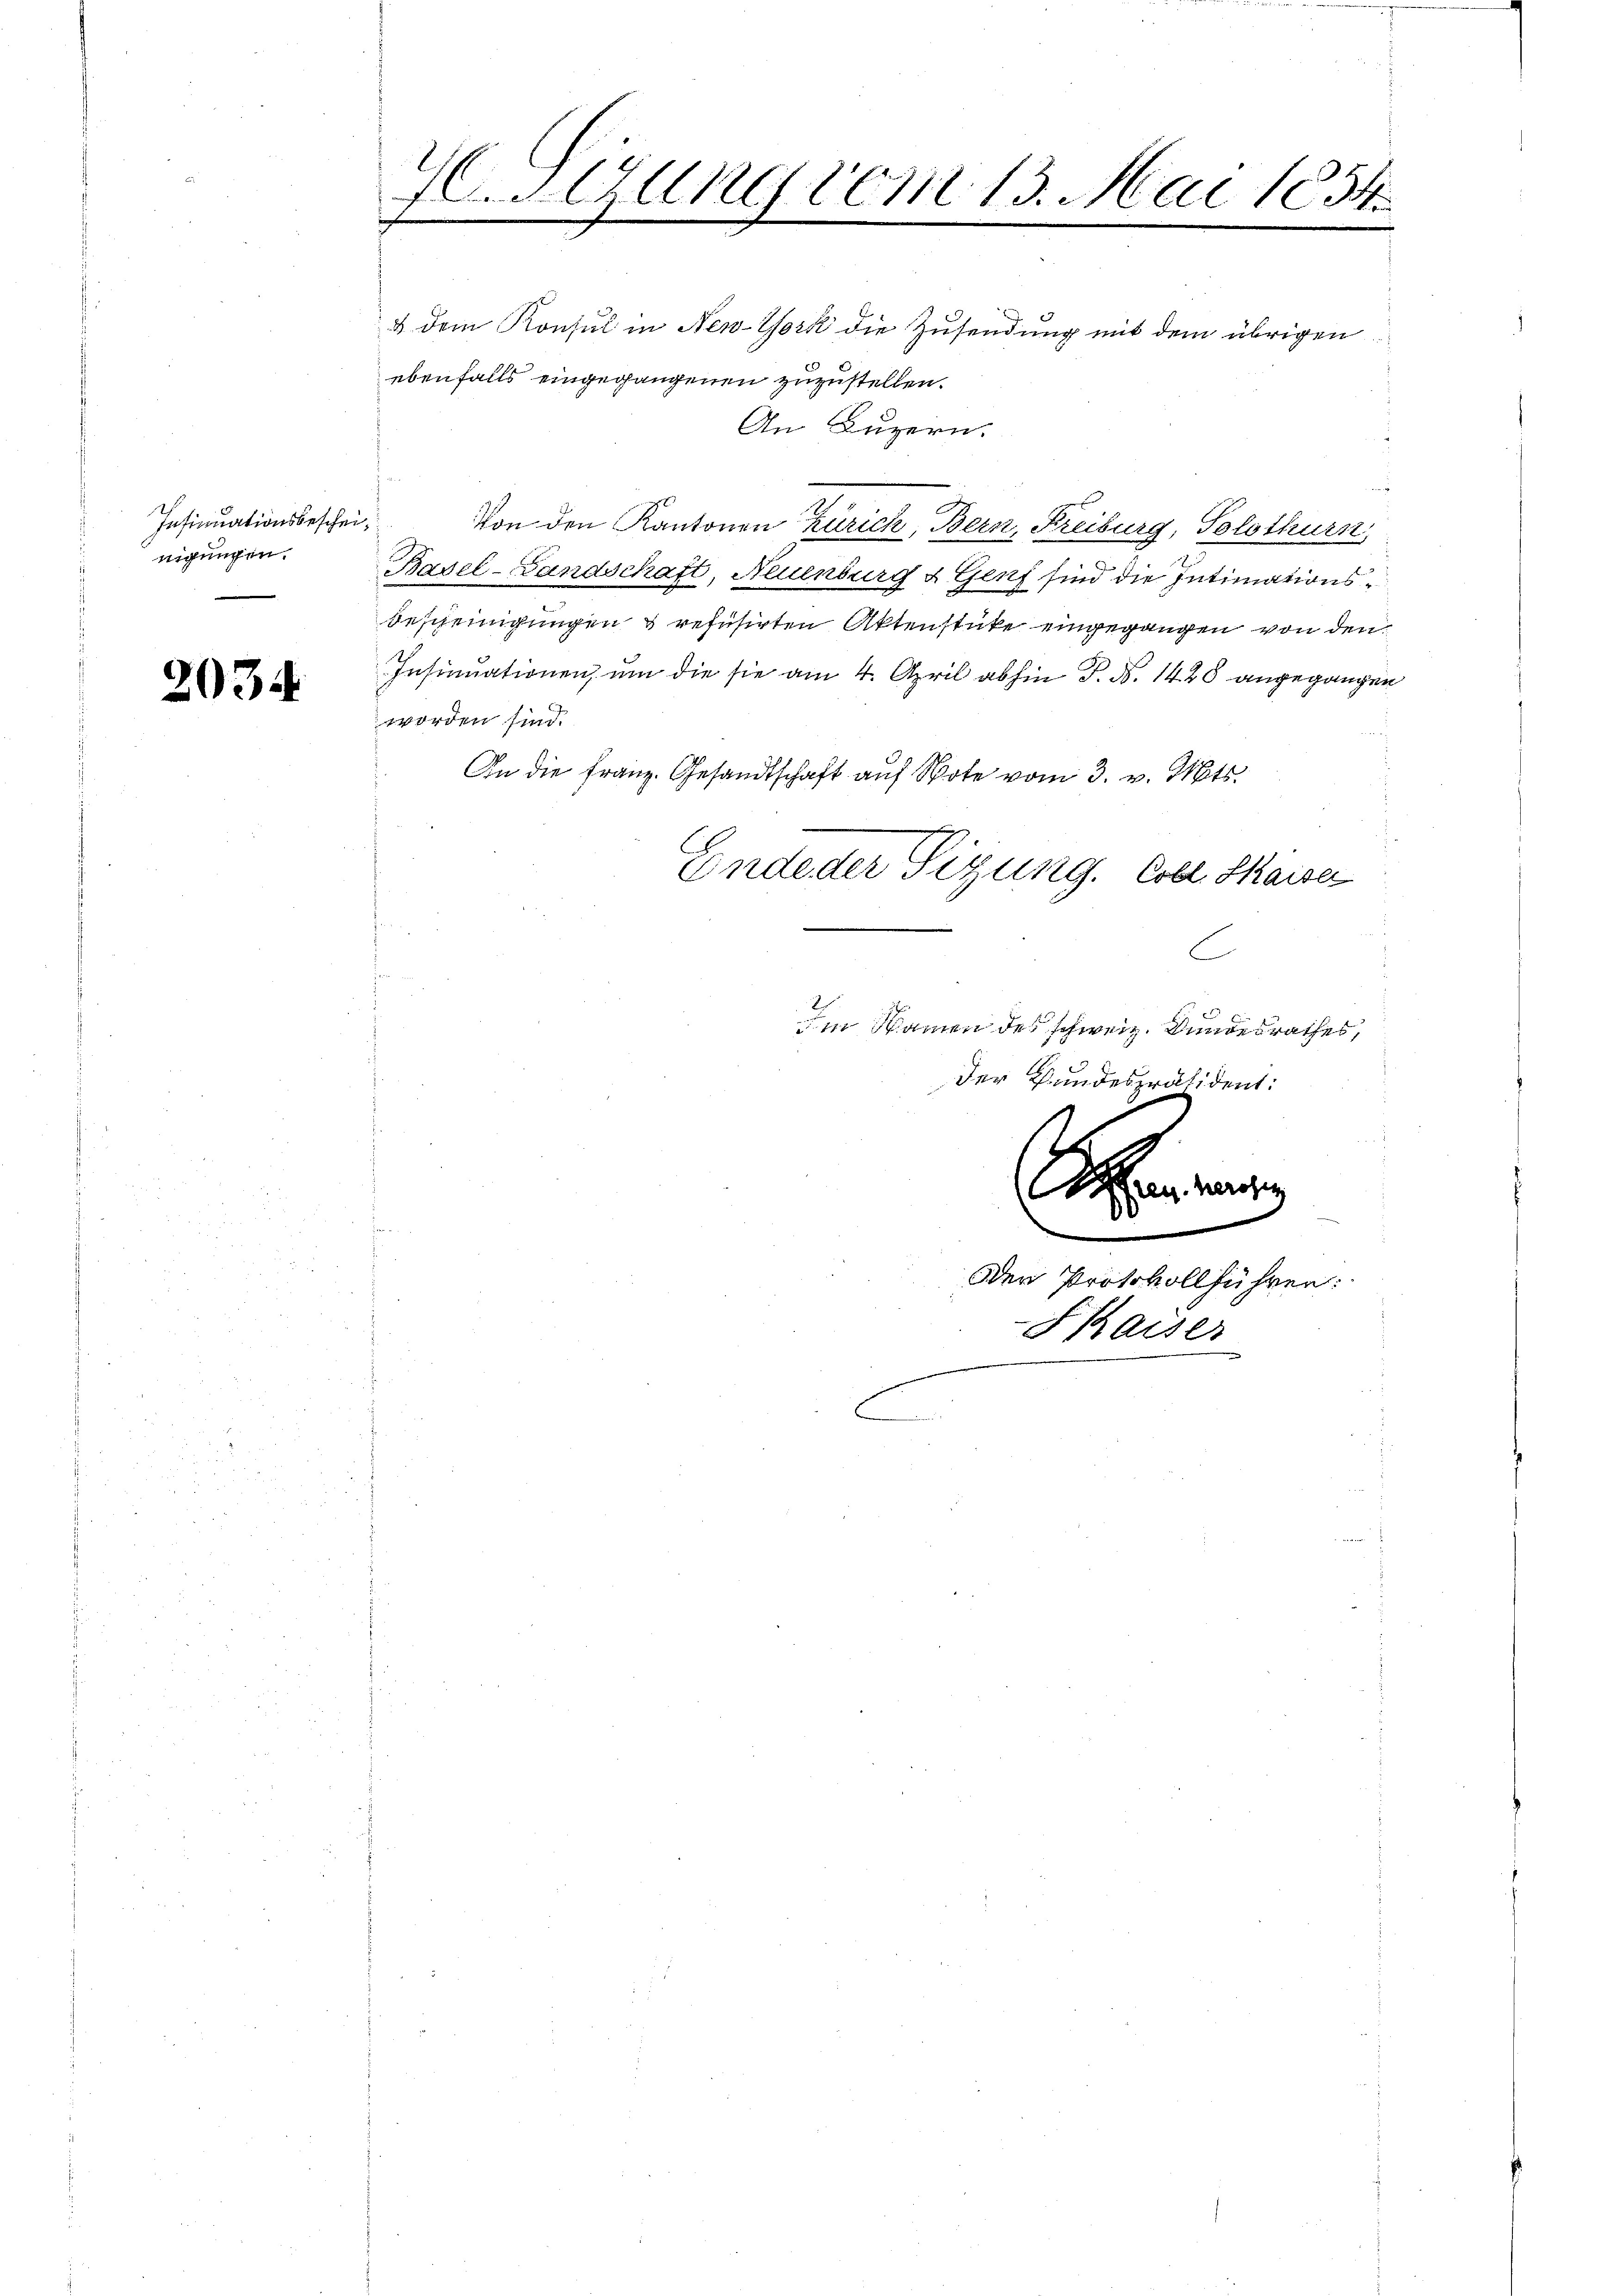
Insinuationsbesche
nigungen.

2034

H. Neung vom 13. Mai 1854.
.

& dem Konsul in New-York die Zusendung mit dem übrigen
ebenfalls eingegangenen zuzustellen.
d
Von den Kantonen Zürich, Bern, Freiburg, Solothurn,
Basel-Landschaft, Neuenburg & Genf sind die Intimationsbescheinigungen u refusirten Aktenstücke eingegangen von den
Insinuationen, um die sie am 4. April abhin P. Nr. 1428 angegangen
worden sind.
An die Franz. Gesandtschaft auf Note vom 3. v. Mts.
Endeder Sizung. Coll Saise
C
2
Im Namen des schweiz. Bundesrathes,
der Bundespräsident:

An Luzern.

Ahren ange
M
Der Protokollführen:
FKaiser